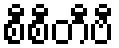
စီစီတီဗီ